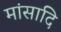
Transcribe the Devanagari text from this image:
मांसादि